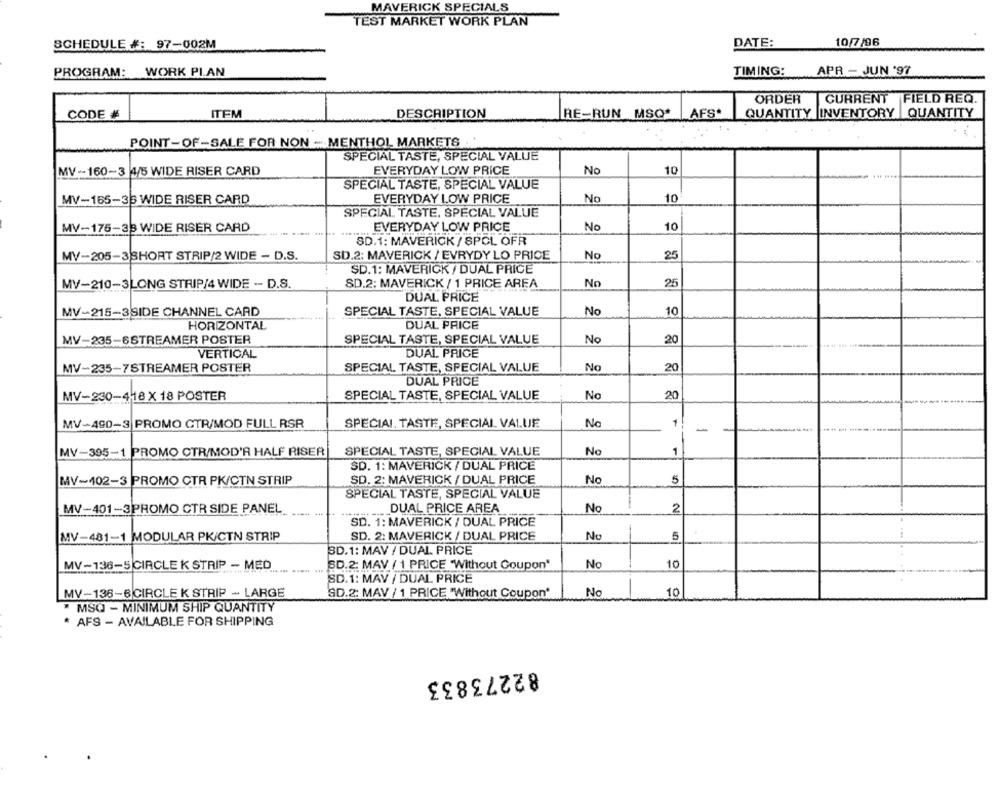
MAVERICK SPECIALS
TEST MARKET WORK PLAN
SCHEDULE #: 97-002M
DATE:
10/7/96
WORK PIAN
TIMING:
APR - JUN '97
PROGRAM:
ORDER
CURRENT FIELD REQ.
CODE #
ITEM
DESCRIPTION
RE-RUN MSO*
AFS*
QUANTITY INVENTORY | QUANTITY
POINT-OF-SALE FOR NON - MENTHOL MARKETS
SPECIAL TASTE, SPECIAL VALUE
MV-160-3 4/5 WIDE RISER CARD
EVERYDAY LOW PRICE
No
10
SPECIAL TASTE, SPECIAL VALUE
EVERYDAY LOW PRICE
No
10
MV-165-36 WIDE RISER CARD
SPECIAL TASTE. SPECIAL VALUE
MV-175-33 WIDE RISER CARD
EVERYDAY LOW PRICE
No
10
SD.1: MAVERICK / SPOL OFR
MV-205-3SHORT STRIP/2 WIDE - D.S.
SD.2: MAVERICK / EVRYDY LO PRICE
No
25
SD.1: MAVERICK / DUAL PRICE
MV-210-3LONG STRIP/4 WIDE -- D.S.
SD.2: MAVERICK / 1 PRICE AREA
No
25
DUAL PRICE
MV-215-3SIDE CHANNEL CARD
SPECIAL TASTE. SPECIAL VALUE
No
10
DUAL PRICE
HORIZONTAL
MV-235-6STREAMER POSTER
SPECIAL TASTE, SPECIAL VALUE
No
20
VERTICAL
DUAL PRICE
MV-235-7STREAMER POSTER
SPECIAL TASTE, SPECIAL VALUE
No
20
DUAL PRICE
SPECIAL TASTE, SPECIAL VALUE
No
20
MV-230-418 X 18 POSTER
MV-490-3 PROMO CTR/MOD FULL RSR
SPECIAL. TASTE, SPECIAL VALUE
1
-
MV-395-1 PROMO CTR/MOD'A HALF RISER
SPECIAL TASTE, SPECIAL VALUE
No
1
SD. 1: MAVERICK / DUAL PRICE
MV-102-3 PROMO CTR PK/CTN STRIP
SD. 2: MAVERICK / DUAL PRICE
No
5
SPECIAL TASTE, SPECIAL VALUE
MV-401-3PROMO CTR SIDE PANEL
DUAL PRICE AREA
No
2
SD. 1: MAVERICK / DUAL PRICE
MV-481-1 MODULAR PK/CTN STRIP
SD. 2: MAVERICK / DUAL PRICE
No
5
3D.1: MAV / DUAL. PRICE
MV-136-5 CIRCLE K STRIP - MED
SD.2: MAV / 1 PRICE "Without Coupon*
No
10
SD.1: MAV / DUAL PRICE
MV-136-6 CIRCLE K STRIP - LARGE
SD.2: MAV / 1 PRICE "Without Coupon"
No
10
MSQ - MINIMUM SHIP QUANTITY
* AFS - AVAILABLE FOR SHIPPING
82273833